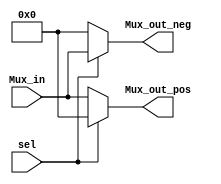
module demux #(
    parameter Data_width_demux=6    
)(
    input sel,
    input [Data_width_demux-1:0] Mux_in,
    output [Data_width_demux-1:0] Mux_out_pos,
    output [Data_width_demux-1:0] Mux_out_neg
);

assign Mux_out_pos=(sel==1'b0) ? Mux_in : 1'b0;
assign Mux_out_neg=(sel==1'b1) ? Mux_in : 1'b0;

endmodule